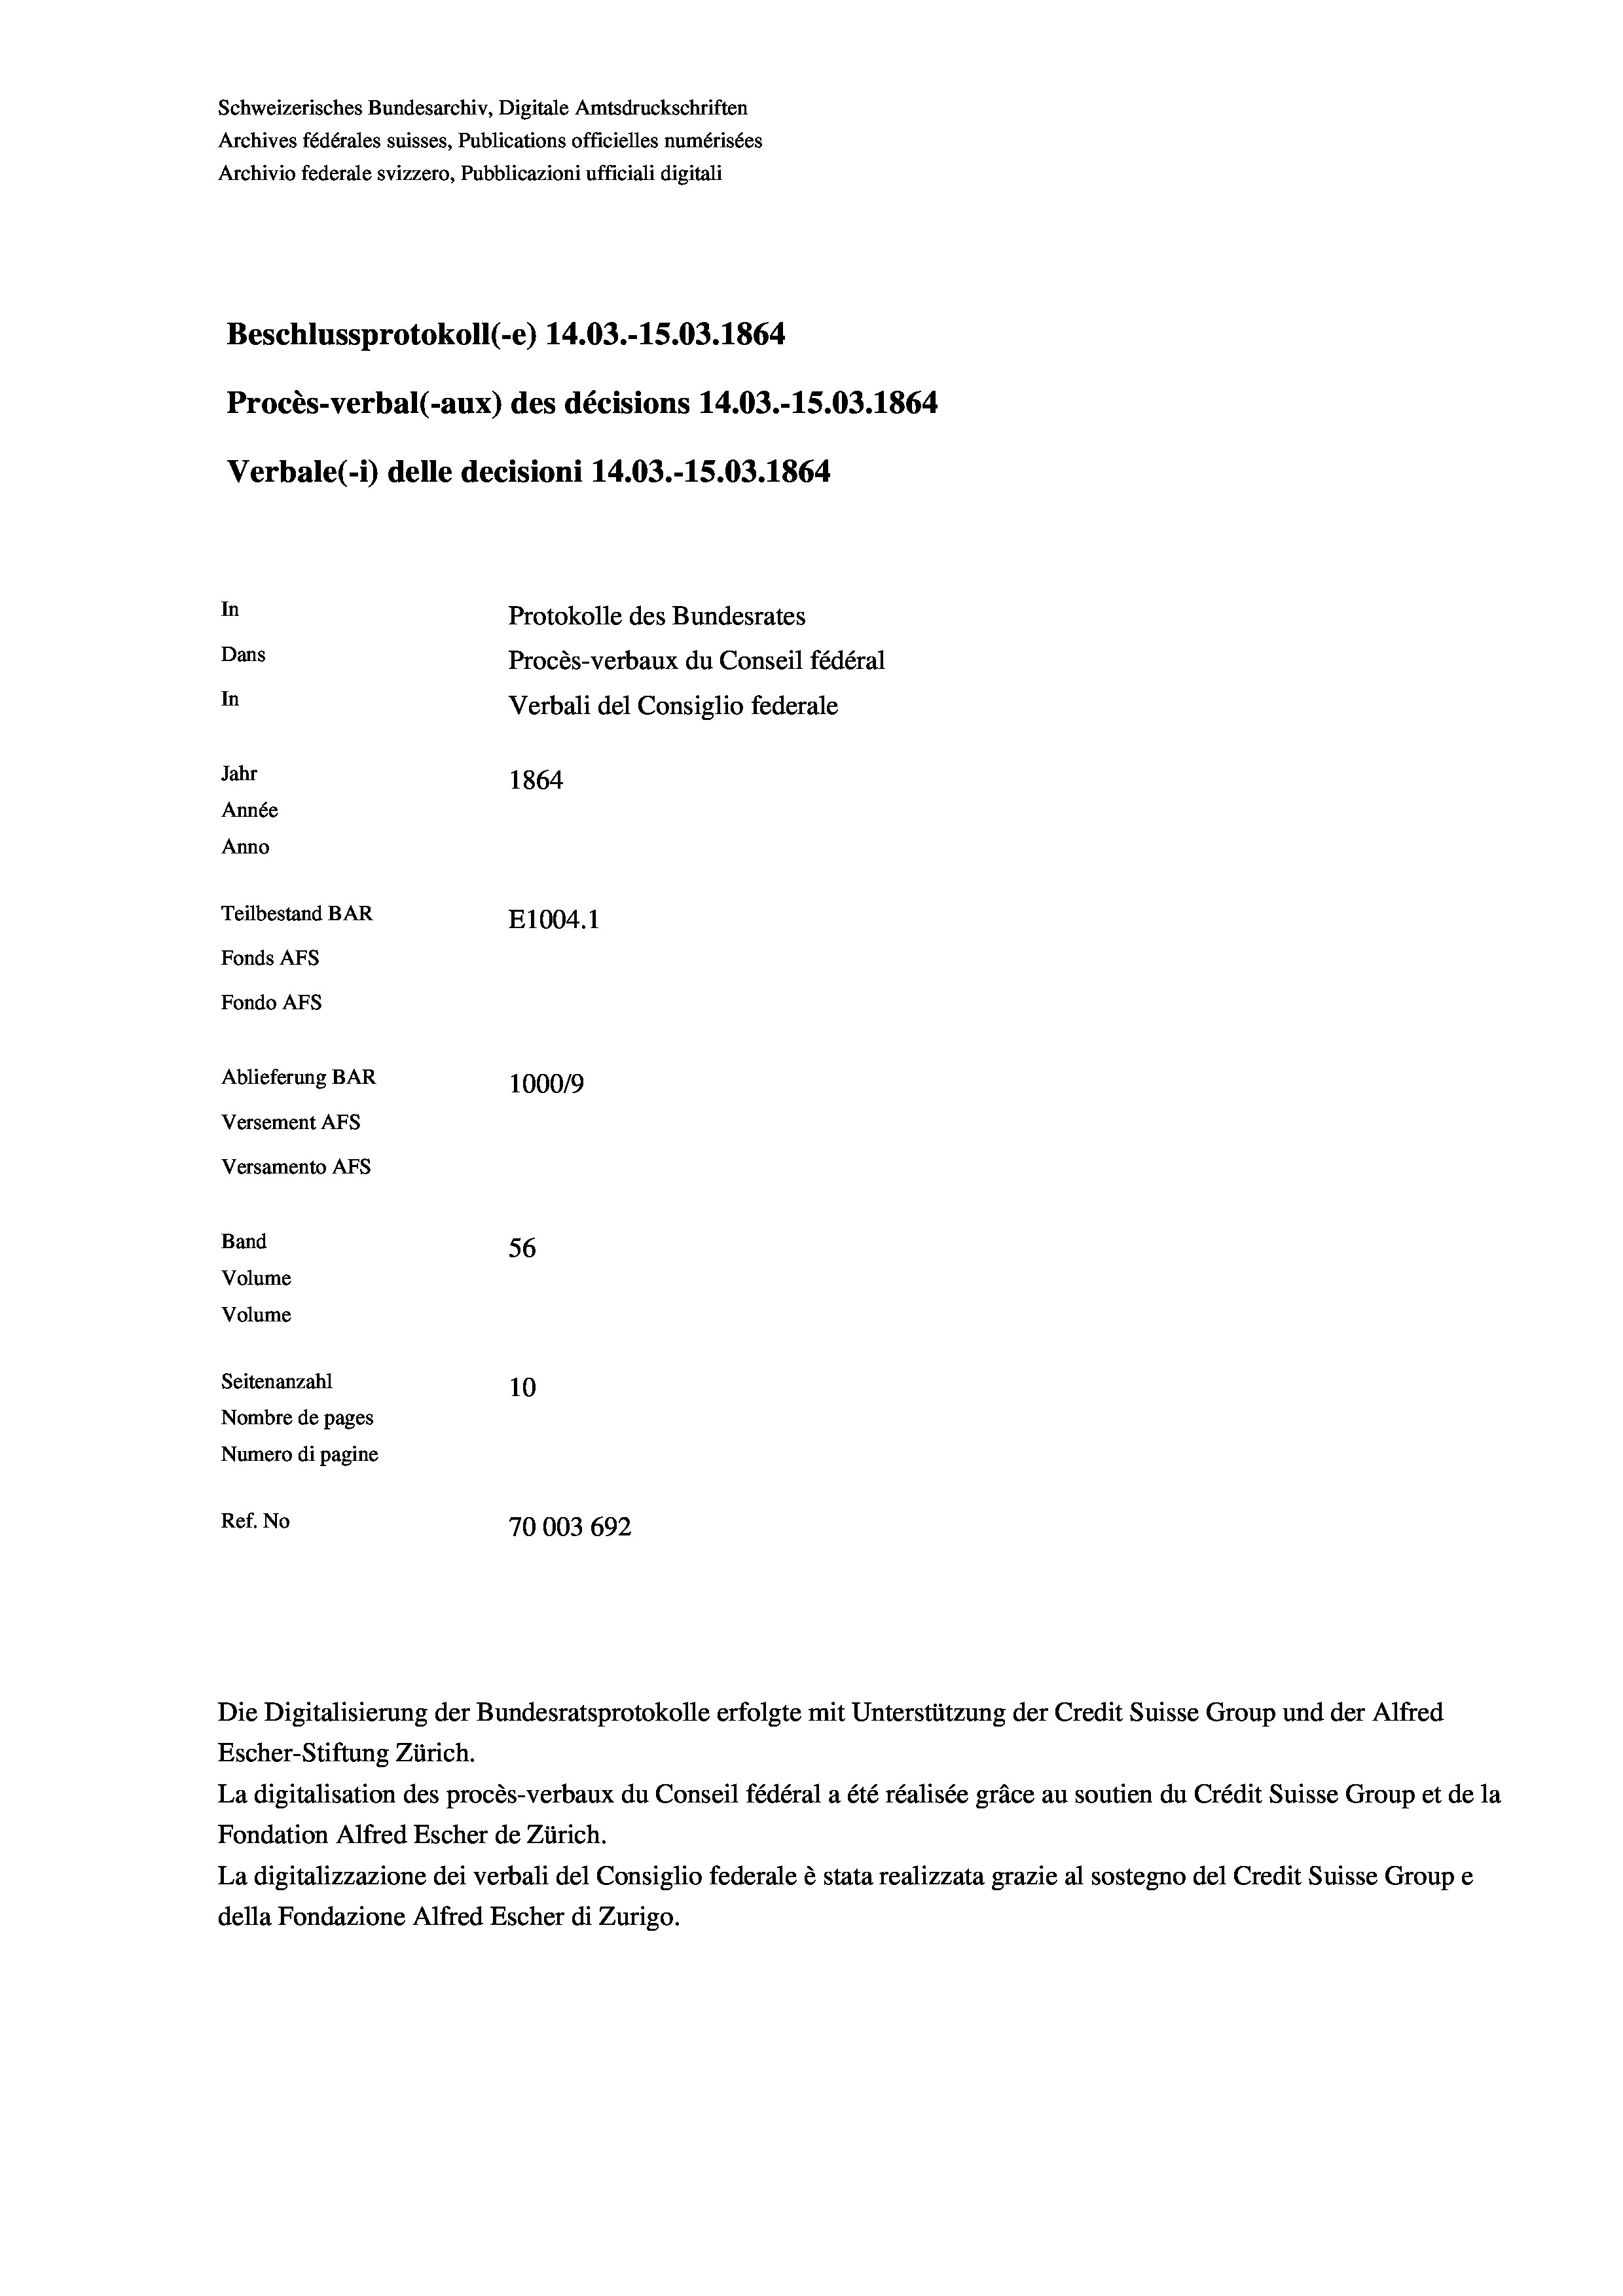
Schweizerisches Bundesarchiv, Digitale Amtsdruckschriften
Archives fédérales suisses, Publications officielles numérisées
Archivio federale svizzero, Pubblicazioni ufficiali digitali
Beschlussprotokoll (-e) 14.03.-15.03. 1864
Procès-verbal (-aux) des décisions 14.03.-15.03. 1864
Verbale(-*) delle decisioni 14.03.-15.03. 1864
In
Protokolle des Bundesrates
Dans
Procès-verbaux du Conseil fédéral
In
Verbali del Consiglio federale
Jahr
1864
Année
Anno
Teilbestand BAR
E1004.1
Fonds AFs
Fondo AFS
Ablieferung BAR
1000/9
Versement AFs
Versamento AFS

56
Seitenanzahl
10
Nombre de pages
Numero di pagine
Ref. No
70003 692

Band
Volume
Volume

Escher-Stiftung Zürich.
La digitalisation des procès-verbaux du Conseil fédéral a été réalisée gräce au soutien du Crédit Suisse Group et de la
Fondation Alfred Escher de Zürich.
La digitalizzazione dei verbali del Consiglio federale è stata realizzata grazie al sostegno del Credit Suisse Groupe
della Fondazione Alfred Escher di Zurigo.

Die Digitalisierung der Bundesratsprotokolle erfolgte mit Unterstützung der Credit Suisse Group und der Alfred